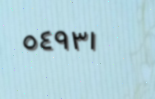
٥٤٩٣١